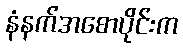
နံနက်အစောပိုင်းက